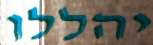
יהללו